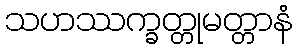
သဟဿက္ခတ္တုမတ္တာနံ